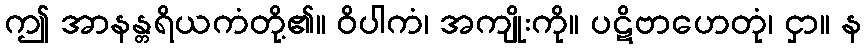
ဤ အာနန္တရိယကံတို့၏။ ဝိပါကံ၊ အကျိုးကို။ ပဋိဗာဟေတုံ၊ ငှာ။ န